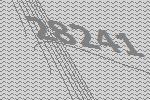
28241